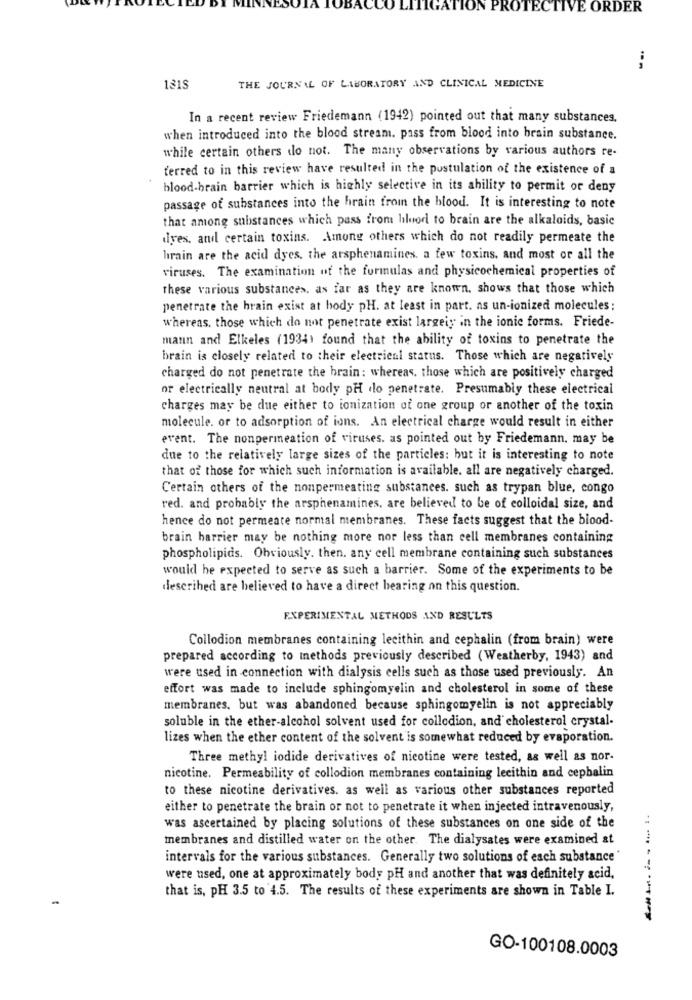
ON PROTECTIVE ORDER
--
THE JOURNAL OF LABORATORY AND CLINICAL MEDICINE
1315
In a recent review Friedemann (1942) pointed out that many substances.
when introduced into the blood stream. pass from blood into brain substance.
while certain others do not. The many observations by various authors re-
ferred to in this review have resulted in the postulation of the existence of a
blood-brain barrier which is highly selective in its ability to permit or deny
passage of substances into the hrain from the blood. It is interesting to note
that among substances which pass from hluod to brain are the alkaloids, basic
diyes, and certain toxins. Among others which do not readily permeate the
hırain are the acid dyes, the arsphenamines. a few toxins, and most or all the
viruses. The examination of the formulas and physicochemical properties of
these various substances. as far as they are known, shows that those which
penetrate the brain exist at hody pH. at least in part. as un-ionized molecules:
whereas, those which do not penetrate exist largely in the ionic forms. Friede-
mann and Elkeles (1934) found that the ability of toxins to penetrate the
brain is closely related to their electrical status. Those which are negatively
charged do not penetrate the brain: whereas. those which are positively charged
or electrically neutral at body pH dlo penetrate. Presumably these electrical
charges may be due either to ionization of one group or another of the toxin
molecule. or to adsorption of ions. An electrical charge would result in either
event. The nonpermeation of viruses. as pointed out by Friedemann, may be
due to the relatively large sizes of the particles: but it is interesting to note
that of those for which such information is available. all are negatively charged.
Certain others of the nonpermeating substances. such as trypan blue, congo
red. and probably the arsphenamines, are believed to be of colloidal size, and
hence do not permeate normal membranes. These facts suggest that the blood-
brain barrier may be nothing more nor less than cell membranes containing
phospholipids. Obviously. then. any cell membrane containing such substances
would be expected to serve as such a barrier. Some of the experiments to be
described are believed to have a direct bearing on this question.
EXPERIMENTAL METHODS AND RESULTS
Collodion membranes containing lecithin and cephalin (from brain) were
prepared according to methods previously described (Weatherby, 1943) and
were used in connection with dialysis cells such as those used previously. An
effort was made to include sphingomyelin and cholesterol in some of these
membranes, but was abandoned because sphingomyelin is not appreciably
soluble in the ether-alcohol solvent used for collodion, and cholesterol crystal-
lizes when the ether content of the solvent is somewhat reduced by evaporation.
Three methyl iodide derivatives of nicotine were tested, as well as nor-
nicotine. Permeability of collodion membranes containing lecithin and cephalin
to these nicotine derivatives. as well as various other substances reported
either to penetrate the brain or not to penetrate it when injected intravenously,
was ascertained by placing solutions of these substances on one side of the
membranes and distilled water on the other. The dialysates were examined at
intervals for the various substances. Generally two solutions of esch substance
were used, one at approximately body pH and another that was definitely acid,
that is, pH 3.5 to 4.5. The results of these experiments are shown in Table I.
-
------
GO-100108.0003